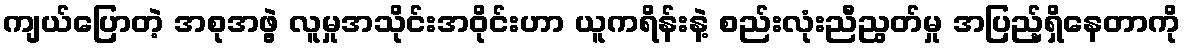
ကျယ်ပြောတဲ့ အစုအဖွဲ့ လူမှုအသိုင်းအဝိုင်းဟာ ယူကရိန်းနဲ့ စည်းလုံးညီညွတ်မှု အပြည့်ရှိနေတာကို